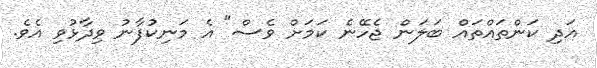
އަދި ކަންތައްތައް ބަލަން ޖެހޭނެ ކަމަށް ވެސް" އެ މަނިކުފާނު ވިދާޅުވި އެވެ.